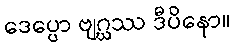
ဒေပ္ပော ဗျဂ္ဃဿ ဒီပိနော။